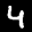
Label: 4